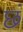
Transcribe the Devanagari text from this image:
छं